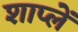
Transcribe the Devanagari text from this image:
शाप्लें